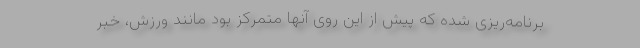
برنامه‌ریزی شده که پیش از این روی آنها متمرکز بود مانند ورزش، خبر